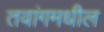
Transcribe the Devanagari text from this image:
तवांगमधील